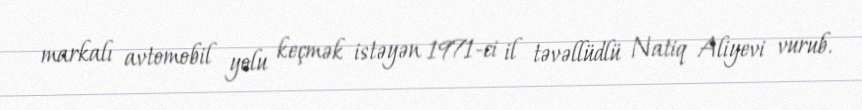
markalı avtomobil yolu keçmək istəyən 1971-ci il təvəllüdlü Natiq Aliyevi vurub.